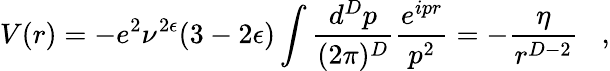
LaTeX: V(r)=-e^{2}\nu^{2\epsilon}(3-2\epsilon)\int\frac{d^{D}p}{(2\pi)^{D}}\frac{e^{ipr}}{p^{2}}=-\frac{\eta}{r^{D-2}}\; \; \; ,